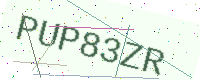
Text: PUP83ZR